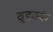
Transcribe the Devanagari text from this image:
वुडवर्क